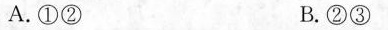
A.①② B.②③